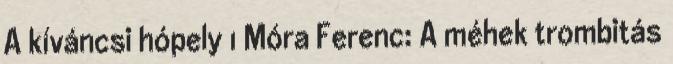
A kíváncsi hópely 1 Móra Ferenc: A méhek trombitás